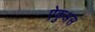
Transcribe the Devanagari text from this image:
ऐकुअस